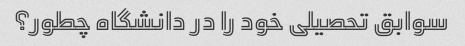
سوابق تحصیلی خود را در دانشگاه چطور؟